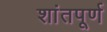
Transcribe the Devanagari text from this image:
शांतपूर्ण